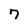
Character: 7